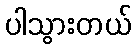
ပါသွားတယ်